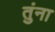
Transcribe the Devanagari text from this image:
तुंना